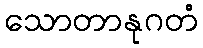
သောတာနုဂတံ